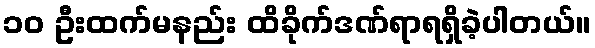
၁၀ ဦးထက်မနည်း ထိခိုက်ဒဏ်ရာရရှိခဲ့ပါတယ်။